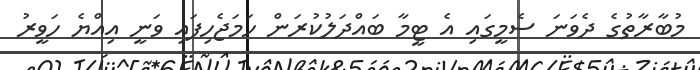
މުބާރާތުގެ ދެވަނަ ސެމީގައި އެ ޓީމާ ބައްދަލުކުރަން ހަމަޖެހިފައި ވަނީ އިއްޔެ ހަވީރު